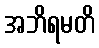
အဘိရမတိ